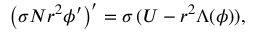
\left( \sigma N r ^ { 2 } \phi ^ { \prime } \right) ^ { \prime } = \sigma \, ( U - r ^ { 2 } \Lambda ( \phi ) ) ,